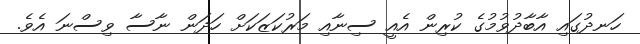
ހަނދުގައި އާބާދުވުމުގެ ކުރިން އެއީ ސިނާއި މަރުކަޒަކަށް ހަދަން ނާސާ ވިސްނަ އެވެ.